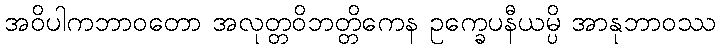
အဝိပါကဘာဝတော အလုတ္တဝိဘတ္တိကေန ဥက္ခေပနီယမ္ပိ အာနုဘာဝဿ